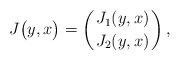
\begin{align*}J\big( y, x\big)=\left(J_1( y, x)\atop J_2( y, x) \right),\end{align*}